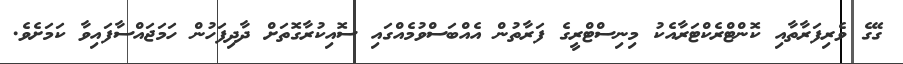
ގޭގެ ވެރިފަރާތާއި ކޮންޓްރެކްޓަރާއެކު މިނިސްޓްރީގެ ފަރާތުން އެއްބަސްވުމެއްގައި ސޮއިކުރާގޮތަށް ދާދިފަހުން ހަމަޖައްސާފައިވާ ކަމަށެވެ.